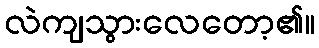
လဲကျသွားလေတော့၏။